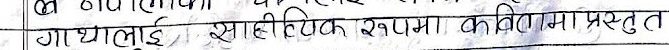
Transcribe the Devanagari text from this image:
गाथालुई साहित्यक रूपमा कवितामा प्रस्तुत